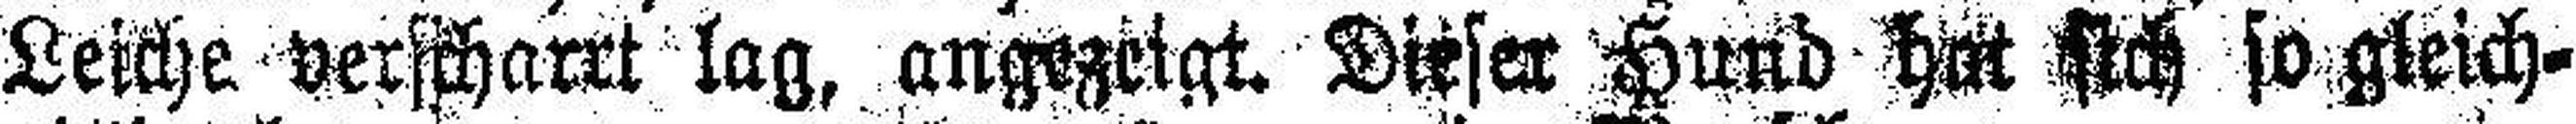
Leiche verscharrt lag, angezeigt. Dieser Hund hat sich so gleich¬